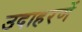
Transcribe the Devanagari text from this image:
उदाहरणें